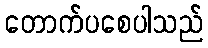
တောက်ပစေပါသည်